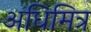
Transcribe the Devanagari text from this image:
अधिमित्र